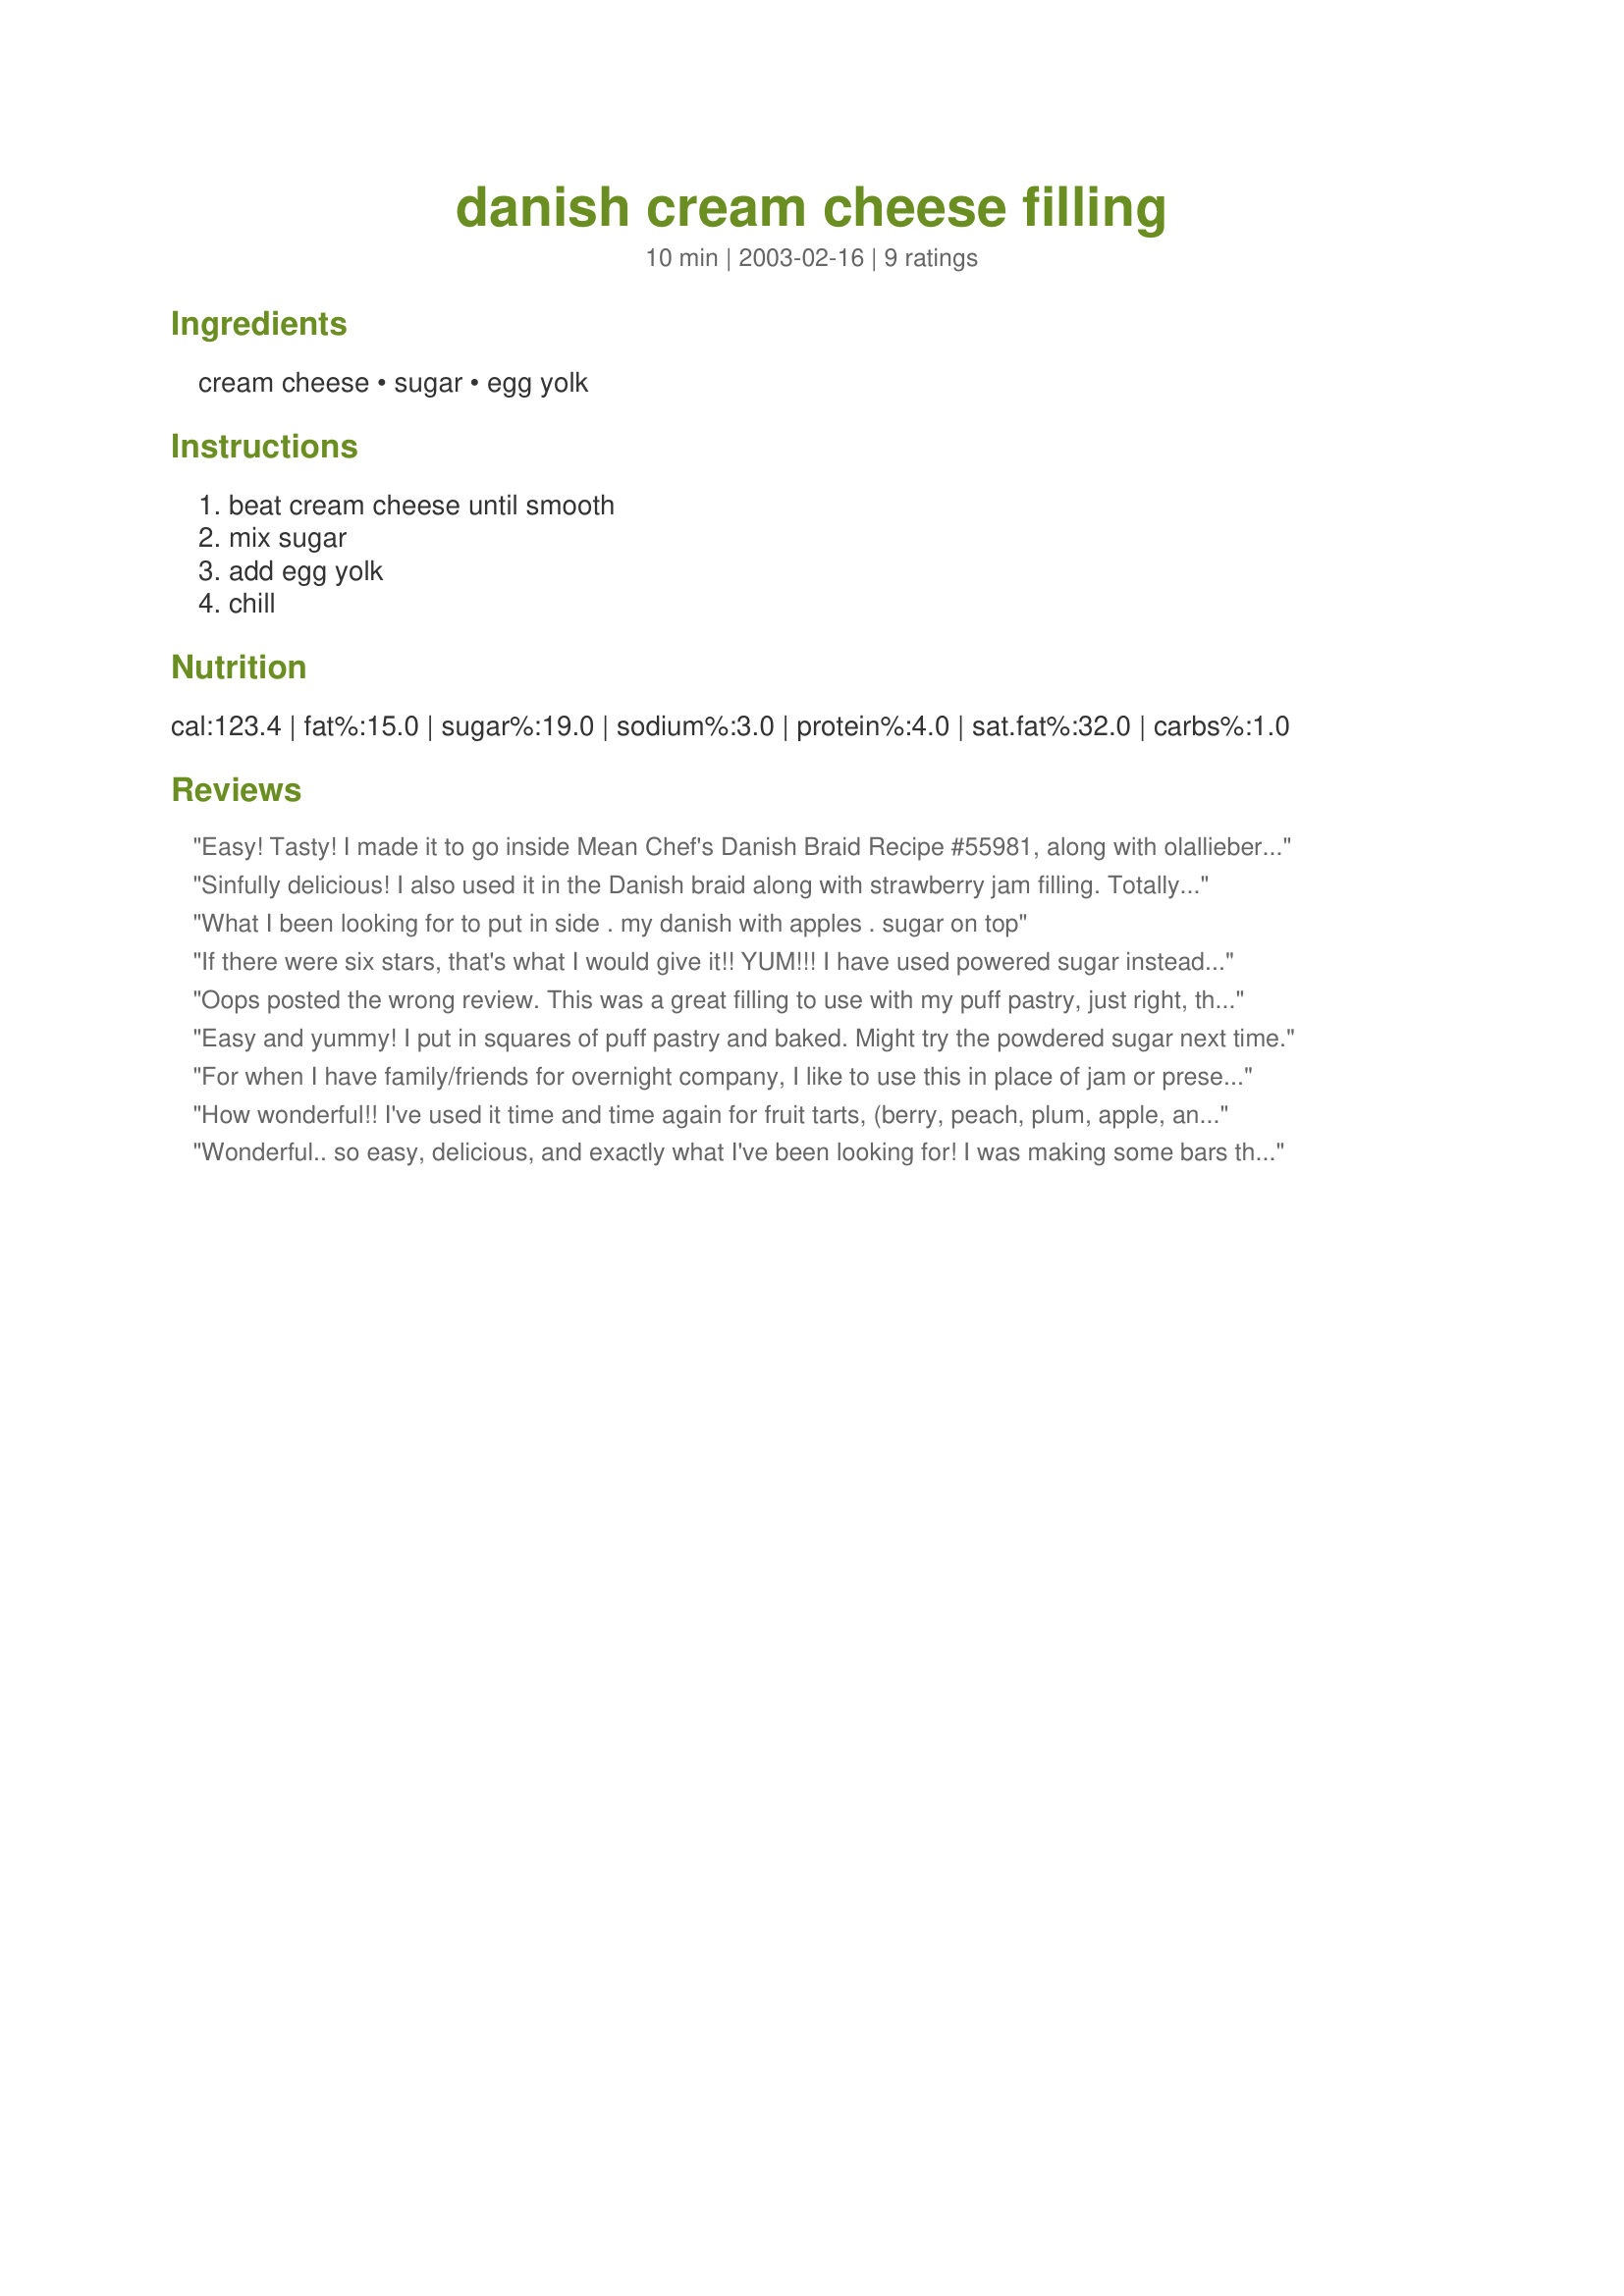
danish cream cheese filling
Preparation time: 10 minutes

Ingredients:
cream cheese, sugar, egg yolk

Steps:
beat cream cheese until smooth, mix sugar, add egg yolk, chill

Reviews:
Easy! Tasty! I made it to go inside Mean Chef's Danish Braid Recipe #55981, along with olallieberry jam. Oh, so good. It tasted very similar to the cheese filling you get in danishes here in the states-only better! It was nice also, because I could use the leftover egg white to brush the pastry. So that worked out. I was skeptical about the cream cheese getting smooth because mine was already whipped, but it did!
Sinfully delicious! I also used it in the Danish braid along with strawberry jam filling. Totally yumm!
What I been looking for to put in side . my danish with apples . sugar on top
If there were six stars, that's what I would give it!! YUM!!! I have used powered sugar instead of regular sugar!! Terrific too!!
Oops posted the wrong review. This was a great filling to use with my puff pastry, just right, thank you.
Easy and yummy! I put in squares of puff pastry and baked. Might try the powdered sugar next time.
For when I have family/friends for overnight company, I like to use this in place of jam or preserves when making Bisquick's Easy Drop Danish. I use Splenda granular and low fat cream cheese.
How wonderful!! I've used it time and time again for fruit tarts, (berry, peach, plum, apple, and I'm certain I'm missing some!). It's a WONDERFUL topping for a shortbread & walnut crumb crust. I've baked the crust for about 10 minutes, added the cheese topping, placed slices of fruit or fresh berries on top and baked for an additional 20-25 minutes. I've gotten rave reviews from a number of people...give it a try!
Wonderful.. so easy, delicious, and exactly what I've been looking for! I was making some bars that were supposed to have a jam filling, and we don't like jam filling. So I put in this cream cheese filling instead... superb!! Thank you!
